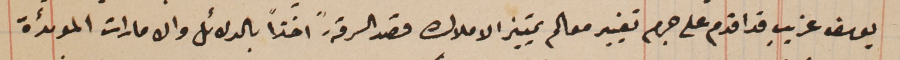
يوسف غريب قد اقدم على جرم تغيير معالم تمييز الاملاك قصد السرقة." اخذا" بالدلائل والامارات الموئدة